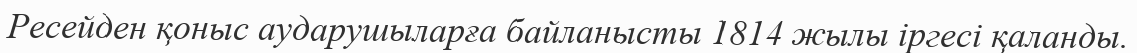
Ресейден қоныс аударушыларға байланысты 1814 жылы іргесі қаланды.